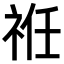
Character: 𥙛